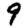
Digit: 9